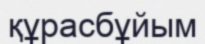
құрасбұйым